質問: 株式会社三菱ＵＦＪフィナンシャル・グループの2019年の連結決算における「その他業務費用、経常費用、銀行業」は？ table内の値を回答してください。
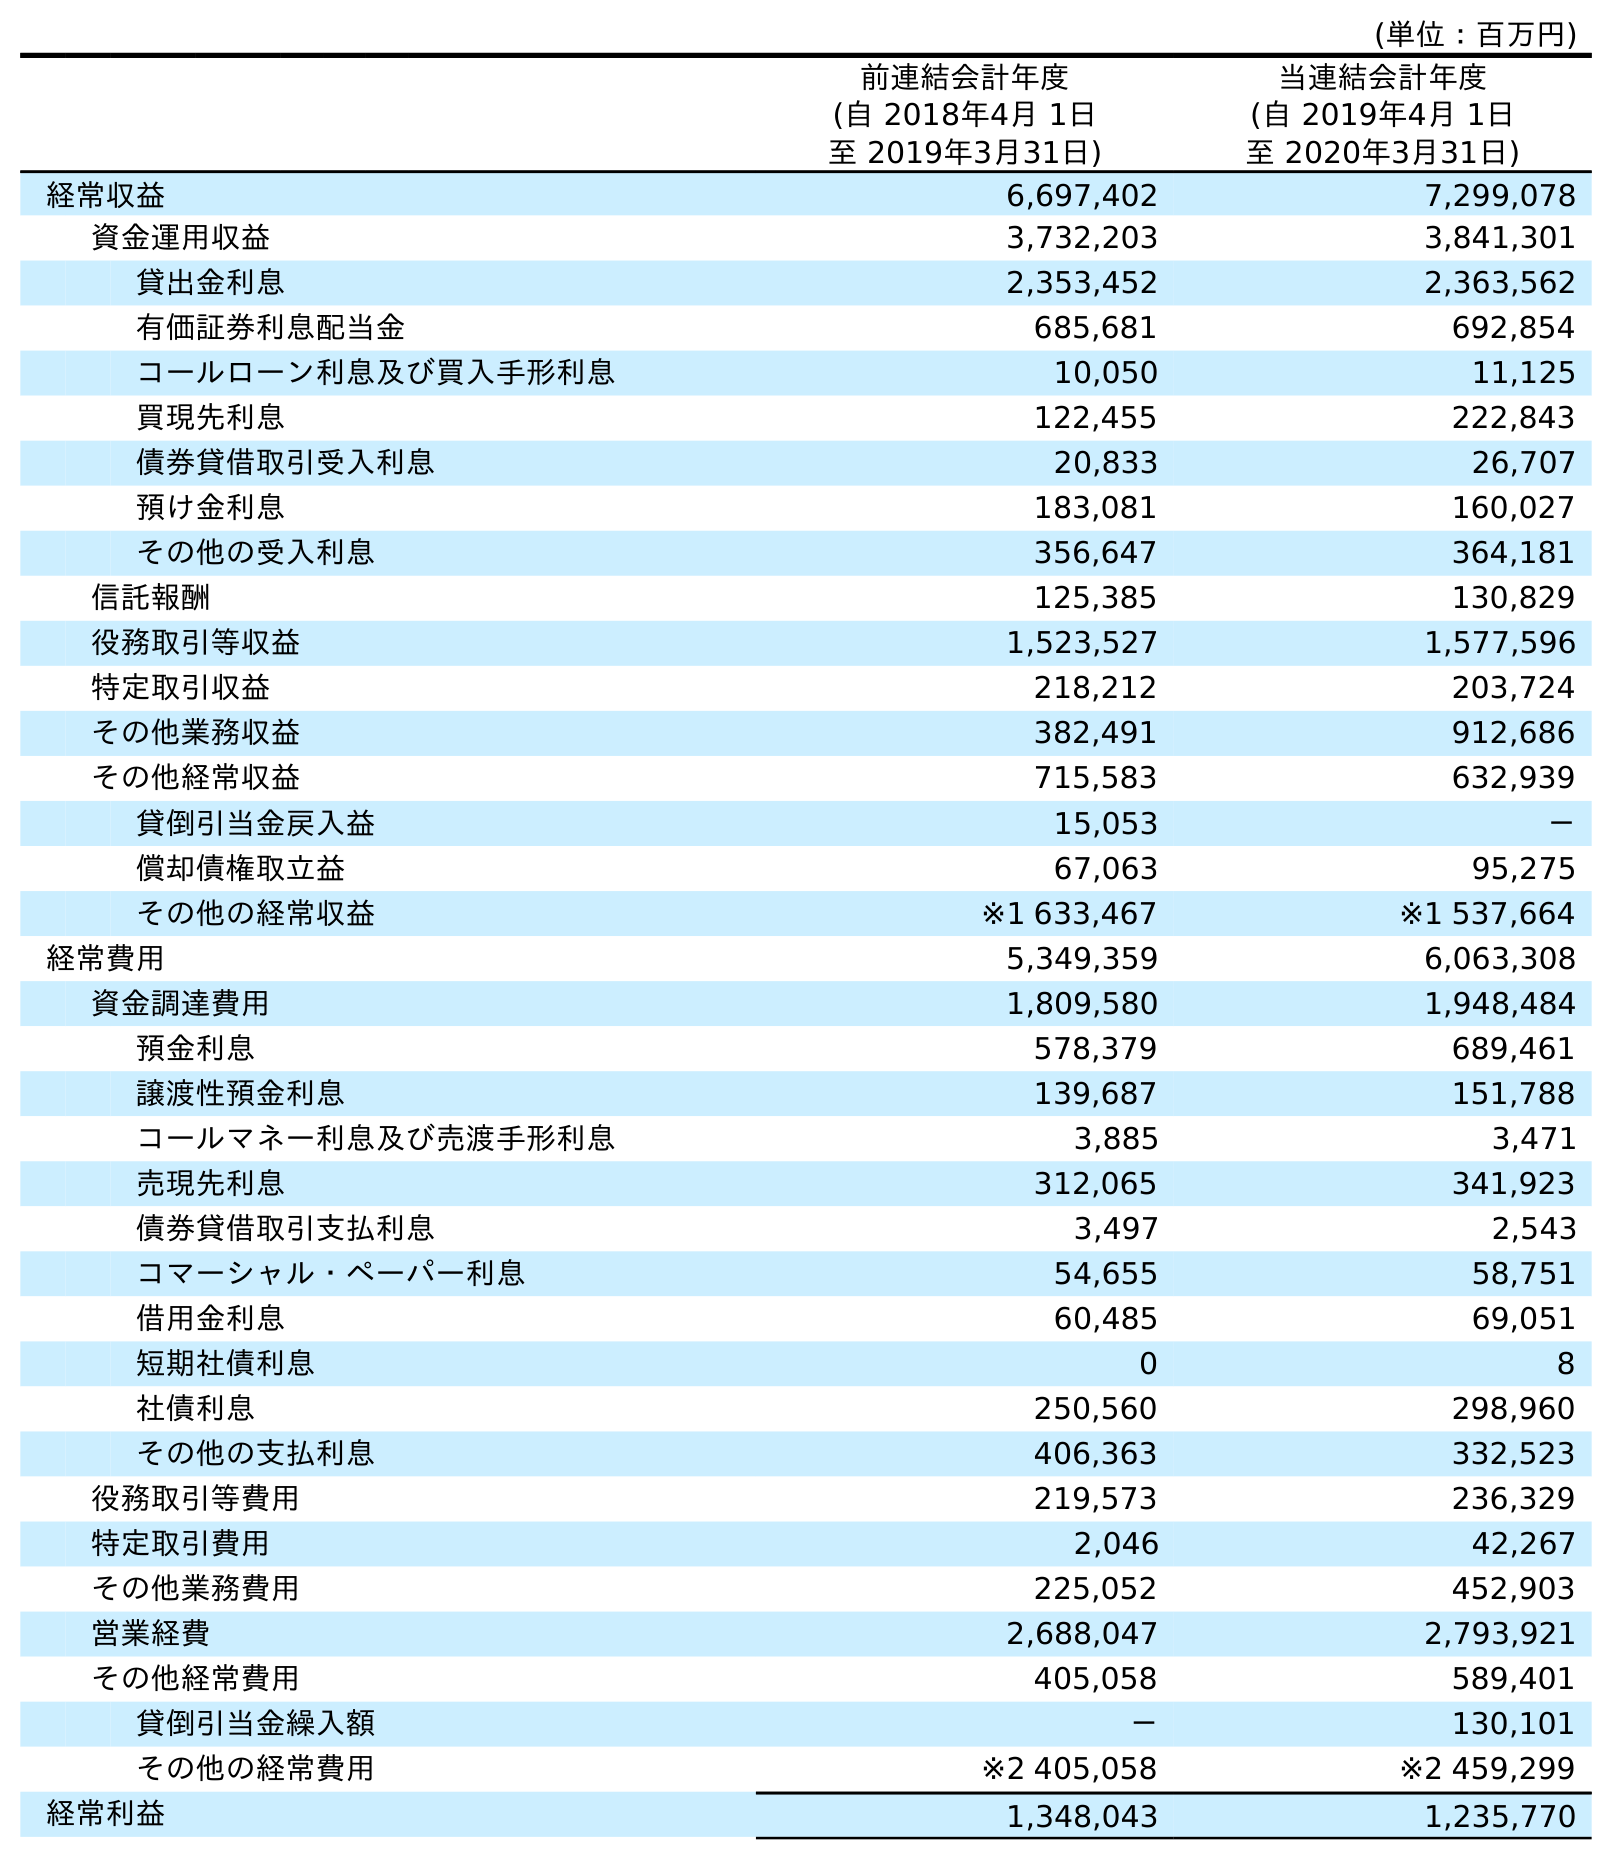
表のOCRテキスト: (単位：百万円) 前連結会計年度 (自 2018年4月 1日 至 2019年3月31日) 当連結会計年度 (自 2019年4月 1日 至 2020年3月31日) 経常収益 6,697,402 7,299,078 資金運用収益 3,732,203 3,841,301 貸出金利息 2,353,452 2,363,562 有価証券利息配当金 685,681 692,854 コールローン利息及び買入手形利息 10,050 11,125 買現先利息 122,455 222,843 債券貸借取引受入利息 20,833 26,707 預け金利息 183,081 160,027 その他の受入利息 356,647 364,181 信託報酬 125,385 130,829 役務取引等収益 1,523,527 1,577,596 特定取引収益 218,212 203,724 その他業務収益 382,491 912,686 その他経常収益 715,583 632,939 貸倒引当金戻入益 15,053 － 償却債権取立益 67,063 95,275 その他の経常収益 ※1 633,467 ※1 537,664 経常費用 5,349,359 6,063,308 資金調達費用 1,809,580 1,948,484 預金利息 578,379 689,461 譲渡性預金利息 139,687 151,788 コールマネー利息及び売渡手形利息 3,885 3,471 売現先利息 312,065 341,923 債券貸借取引支払利息 3,497 2,543 コマーシャル・ペーパー利息 54,655 58,751 借用金利息 60,485 69,051 短期社債利息 0 8 社債利息 250,560 298,960 その他の支払利息 406,363 332,523 役務取引等費用 219,573 236,329 特定取引費用 2,046 42,267 その他業務費用 225,052 452,903 営業経費 2,688,047 2,793,921 その他経常費用 405,058 589,401 貸倒引当金繰入額 － 130,101 その他の経常費用 ※2 405,058 ※2 459,299 経常利益 1,348,043 1,235,770
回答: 225,052